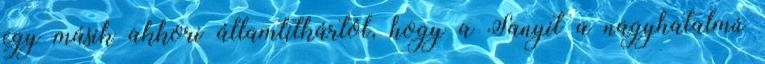
egy másik akkori államtitkártól, hogy a Sanyit a nagyhatalmú